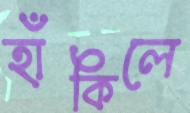
হাঁকিলে